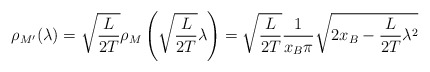
\begin{align*}\rho_{M^{\prime } } (\lambda ) = \sqrt{\frac{L}{2T} } \rho_{M} \left( \sqrt{\frac{L}{2T} } \lambda \right) =\sqrt{\frac{L}{2T} } \frac{1}{x_B \pi } \sqrt{2x_B -\frac{L}{2T} \lambda^{2} }\end{align*}